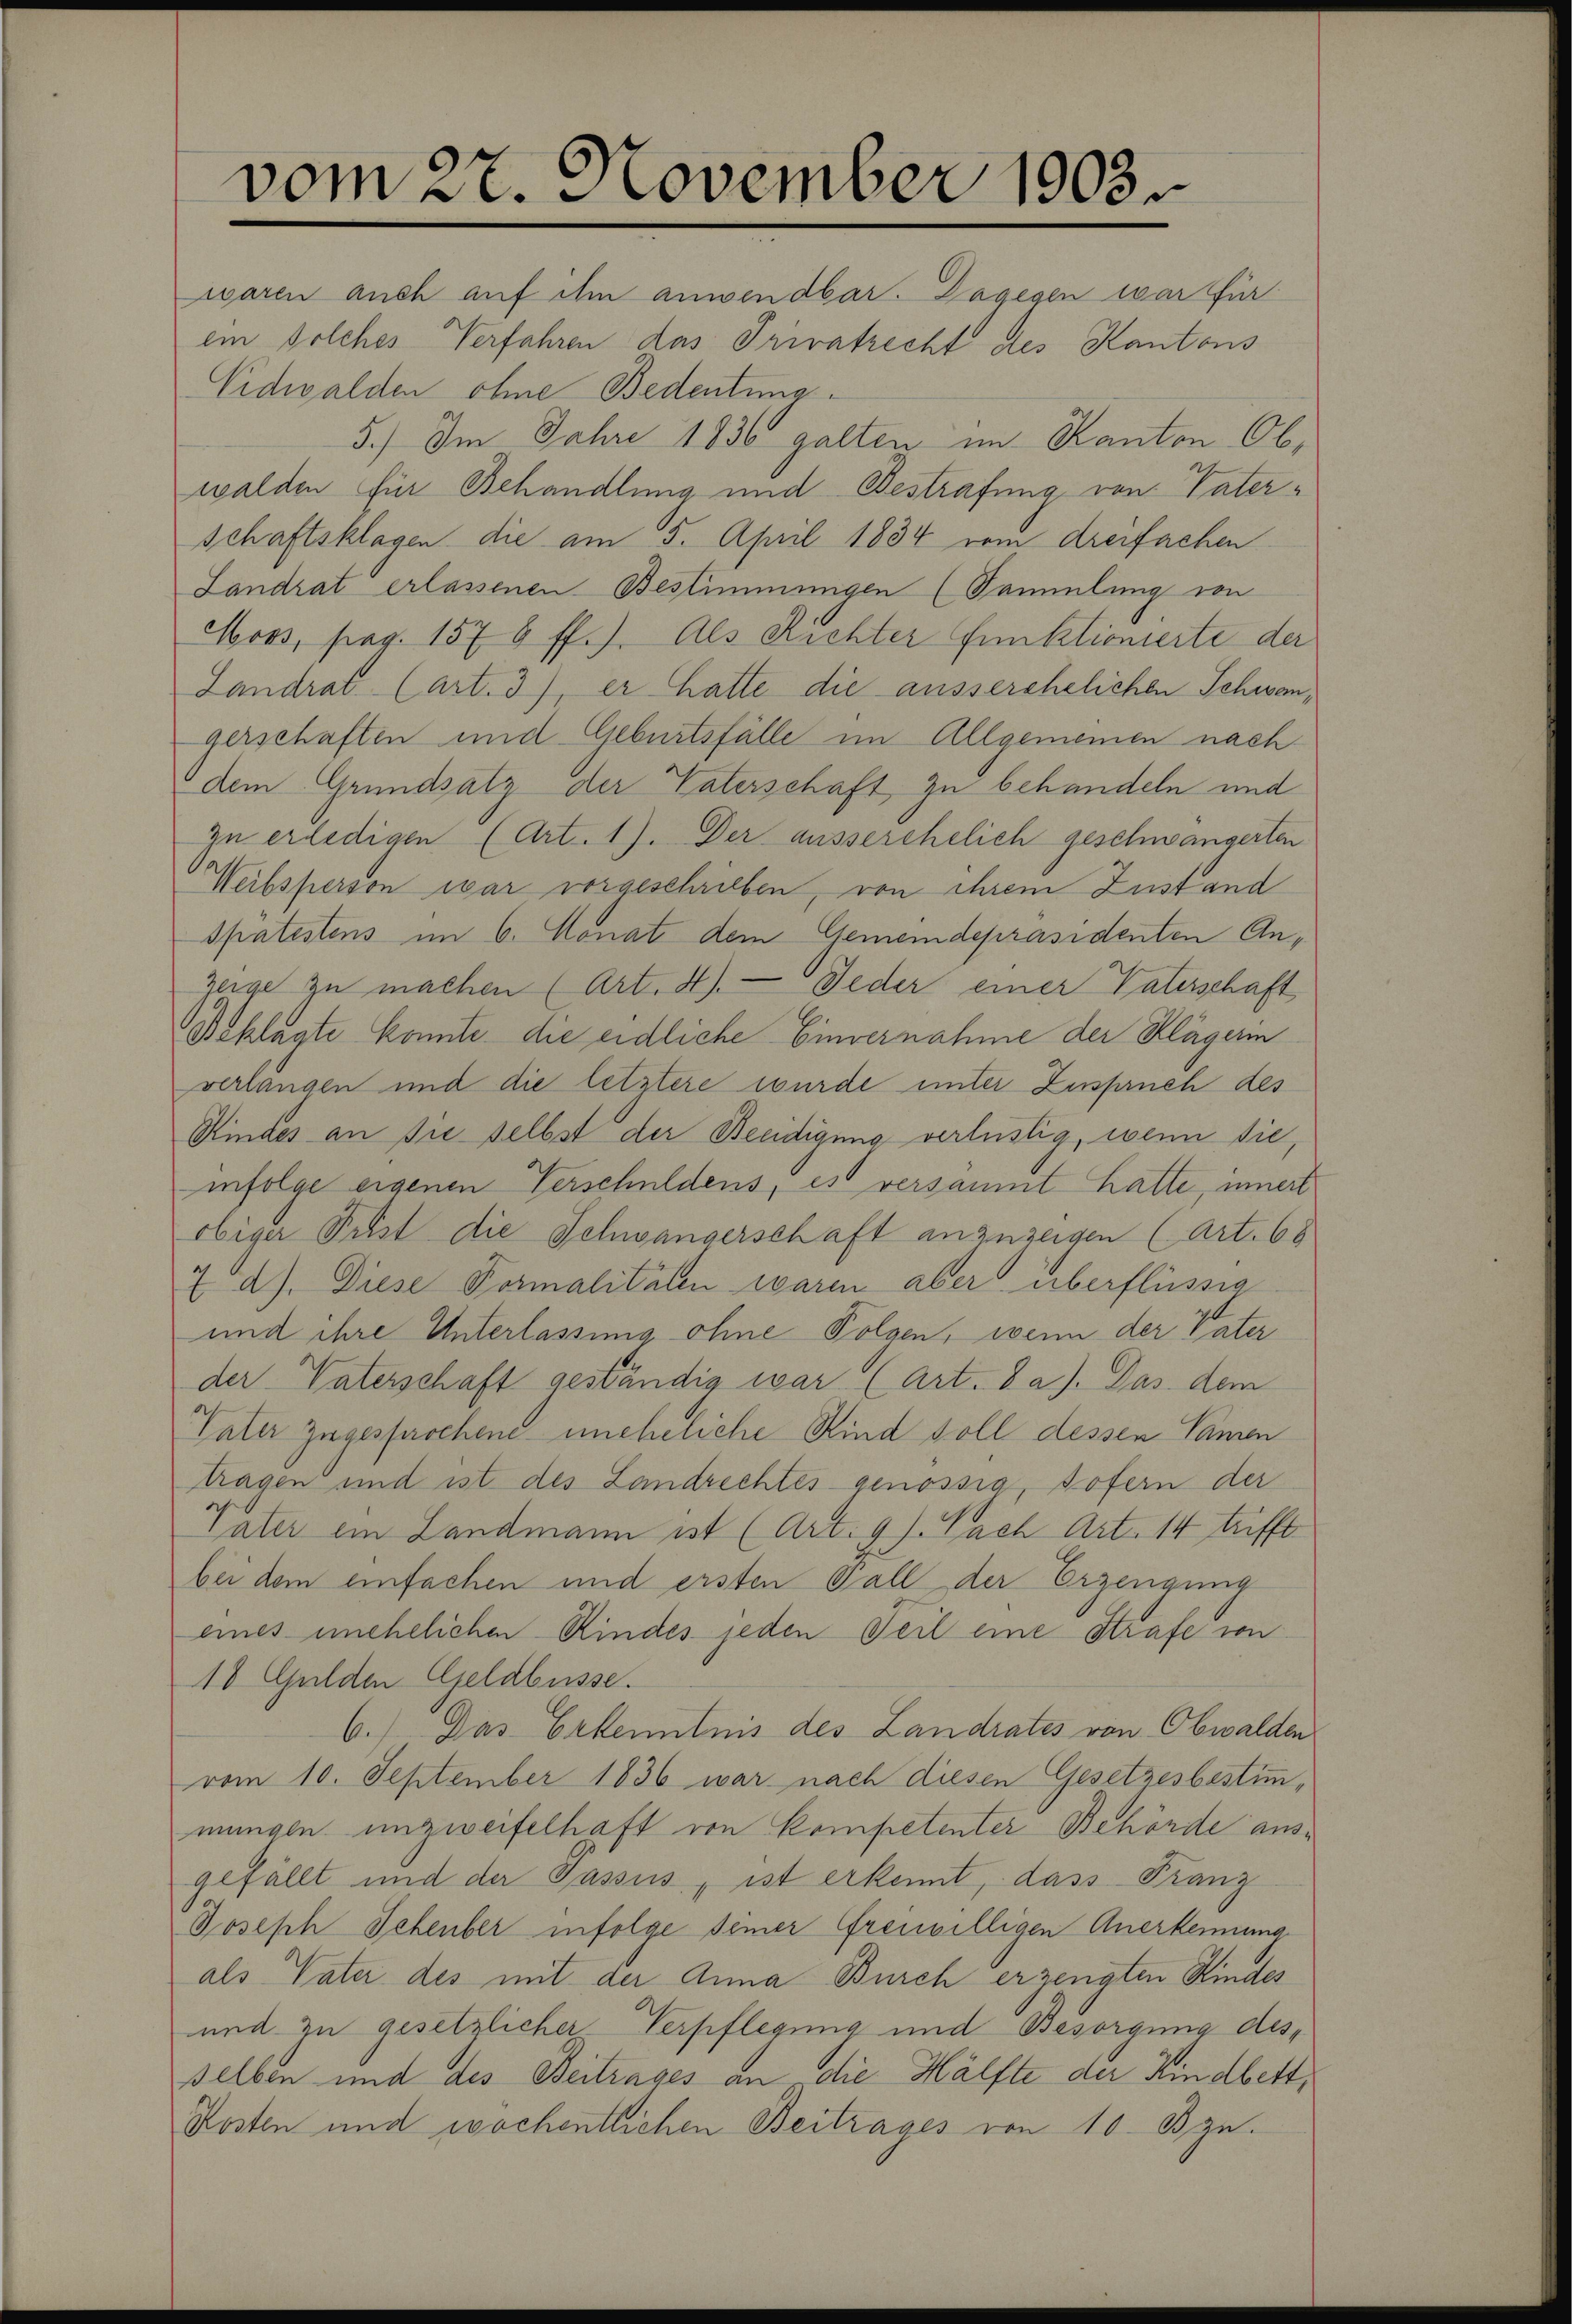
vom 27. November 1903.

waren auch auf ihn anwendbar. Dagegen war für
ein solches Verfahren das Privatrecht des Kantons
Nidwalden ohne Bedeutung
5.) Im Jahre 1836 galten im Kanton Obwalden für Behandlung und Bestrafung von Vaterschaftsklagen die am 5. April 1834 vom dreifachen
Landrat erlassenen Bestimmungen (Sammlung von
Hors, pag. 1578 ff.). Als Richter Einktionierte der
Landrat Cart. 3), er hatte die ausserehelichen Schwangerschaften und Geburtsfälle im Allgemeinen nach
dem Grundsatz der Vaterschaft zu behandeln und
zu erledigen (Art. 1). Der ausserehelich geschwängerten
Weibsperson war vorgeschrieben, von ihrem Zustand
Spätestens im 6. Monat dem Gemeindepräsidenten Anzeige zu machen (Art. 4). — Jeder einer Vaterschaft
Beklagte konnte die eidliche Einvernahme der Klägerin
verlangen und die letztere wurde unter Zuspruch des
Kindes an Sie selbst der Beeidigung verlustig, wenn sie,
infolge eigenen Verschuldens, es versammt hatte, innert
obiger Prist die Schwängerschaft anzuzeigen (Art. 68
7 a). Diese Formalitäten waren aber überflüssig
und ihre Unterlassung ohne Folgen, wenn der vater
der Vaterschaft geständig war (Art. 8 a). Das dem
Vater zugesprochend uneheliche Kind soll dessen Namen
tragen und ist des Landrechtes genössig, sofern der
Vater ein Landmann ist (Art. 9 J. Lach Art. 14 trifft
bei dem einfachen und ersten Gall der Erzeugung
eines unehelichen Kindes jeden Teil eine Strafe von
10 Gulden Geldbusse.
6.) Das Erkenntnis des Landrates von Obwalden
vom 10. September 1836 war nach diesen Gesetzesbestimmmungen unzweifelhaft von Kompetenter Behörde ausgefällt und der Passus, ist erkennt, dass Franz
Joseph Schenber infolge seiner freiwilligen Anerkennung
als Vater des mit der Anna Burch erzeugten Kindes
und zu gesetzlicher Verpflegung und Besorgung desselben und des Beitrages an die Hälfte der Kindbett,
Kosten und wochentlichen Beitrages von 10. Bzn.